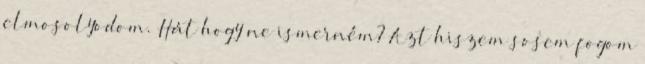
elmosolyodom. Hát hogy ne ismerném? Azt hiszem sosem fogom